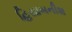
હિસાબનીશ